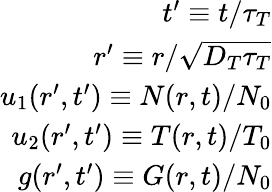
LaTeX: \begin{array}{r}{t^{\prime}\equiv t/\tau_{T}}\\ {r^{\prime}\equiv r/\sqrt{D_{T}\tau_{T}}}\\ {u_{1}(r^{\prime},t^{\prime})\equiv N(r,t)/N_{0}}\\ {u_{2}(r^{\prime},t^{\prime})\equiv T(r,t)/T_{0}}\\ {g(r^{\prime},t^{\prime})\equiv G(r,t)/N_{0}}\end{array}